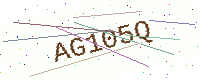
Text: AG105Q